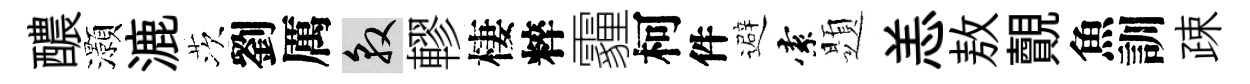
醲灝漉茨劉厲敦轇棲粹霾柯件避索題恙敖覿魚訓疎